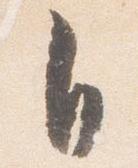
自